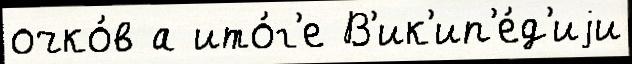
очко́в а ито́г'е В'ик'ип'е́д'иjи